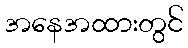
အနေအထားတွင်